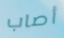
أصاب